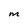
Character: m